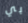
بي